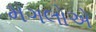
મગલોએ